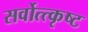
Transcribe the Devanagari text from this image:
सर्वोत्त्कृष्ट